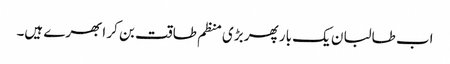
اب طالبان یک بار پھر بڑی منظم طاقت بن کر ابھرے ہیں۔